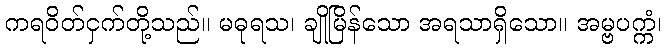
ကရဝိတ်ငှက်တို့သည်။ မဓုရသ၊ ချိုမြိန်သော အရသာရှိသော။ အမ္ဗပက္ကံ၊